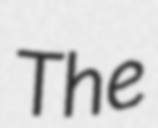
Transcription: The